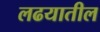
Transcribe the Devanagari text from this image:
लढयातील